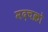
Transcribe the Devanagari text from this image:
मदचक्रो